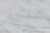
علي